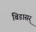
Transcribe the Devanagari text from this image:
बिडासर्